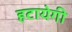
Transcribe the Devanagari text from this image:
हटायेगी